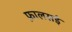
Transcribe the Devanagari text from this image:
फ़ालसई